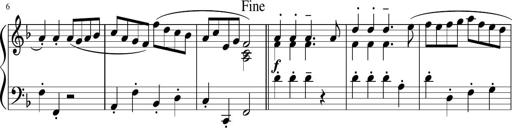
Title: 12 Keyboard Sonatinas
Composer: James Hook